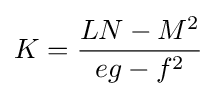
K={\frac {LN-M^{2}}{eg-f^{2}}}